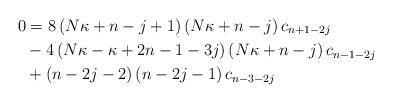
LaTeX: \begin{align*}0 & =8\left( N\kappa+n-j+1\right) \left( N\kappa+n-j\right) c_{n+1-2j}\\& -4\left( N\kappa-\kappa+2n-1-3j\right) \left( N\kappa+n-j\right)c_{n-1-2j}\\& +\left( n-2j-2\right) \left( n-2j-1\right) c_{n-3-2j}\end{align*}